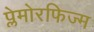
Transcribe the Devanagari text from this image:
प्लेमोरफिज्म